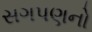
સગપણનો